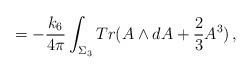
LaTeX: \begin{align*}= -\frac{k_6}{4\pi} \int_{\Sigma_3} Tr(A \wedge dA +\frac{2}{3} A^3)\,,\end{align*}